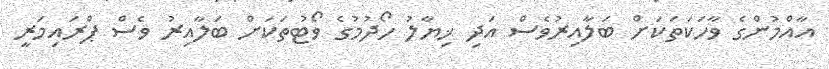
އާއްމުންގެ ވާހަކަތަކަށް ބަލާއިރުވެސް އަދި ޚިޔާލު ހޯދުމުގެ ވޯޓުތަކަށް ބަލާއިރު ވެސް ޕްރައިމަރީ